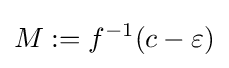
M:=f^{-1}(c-\varepsilon )